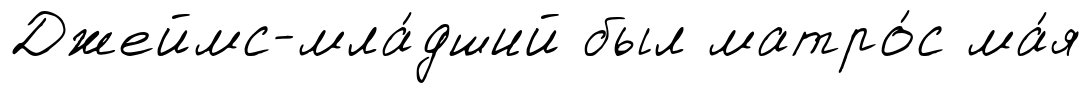
Джеймс-мла́дший был матро́с ма́я